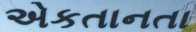
એકતાનતા